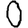
Digit: 0